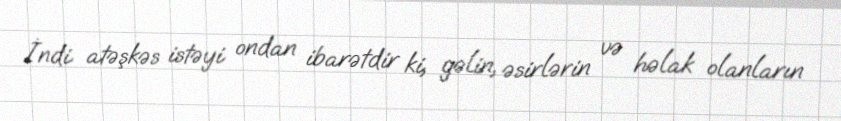
İndi atəşkəs istəyi ondan ibarətdir ki, gəlin, əsirlərin və həlak olanların